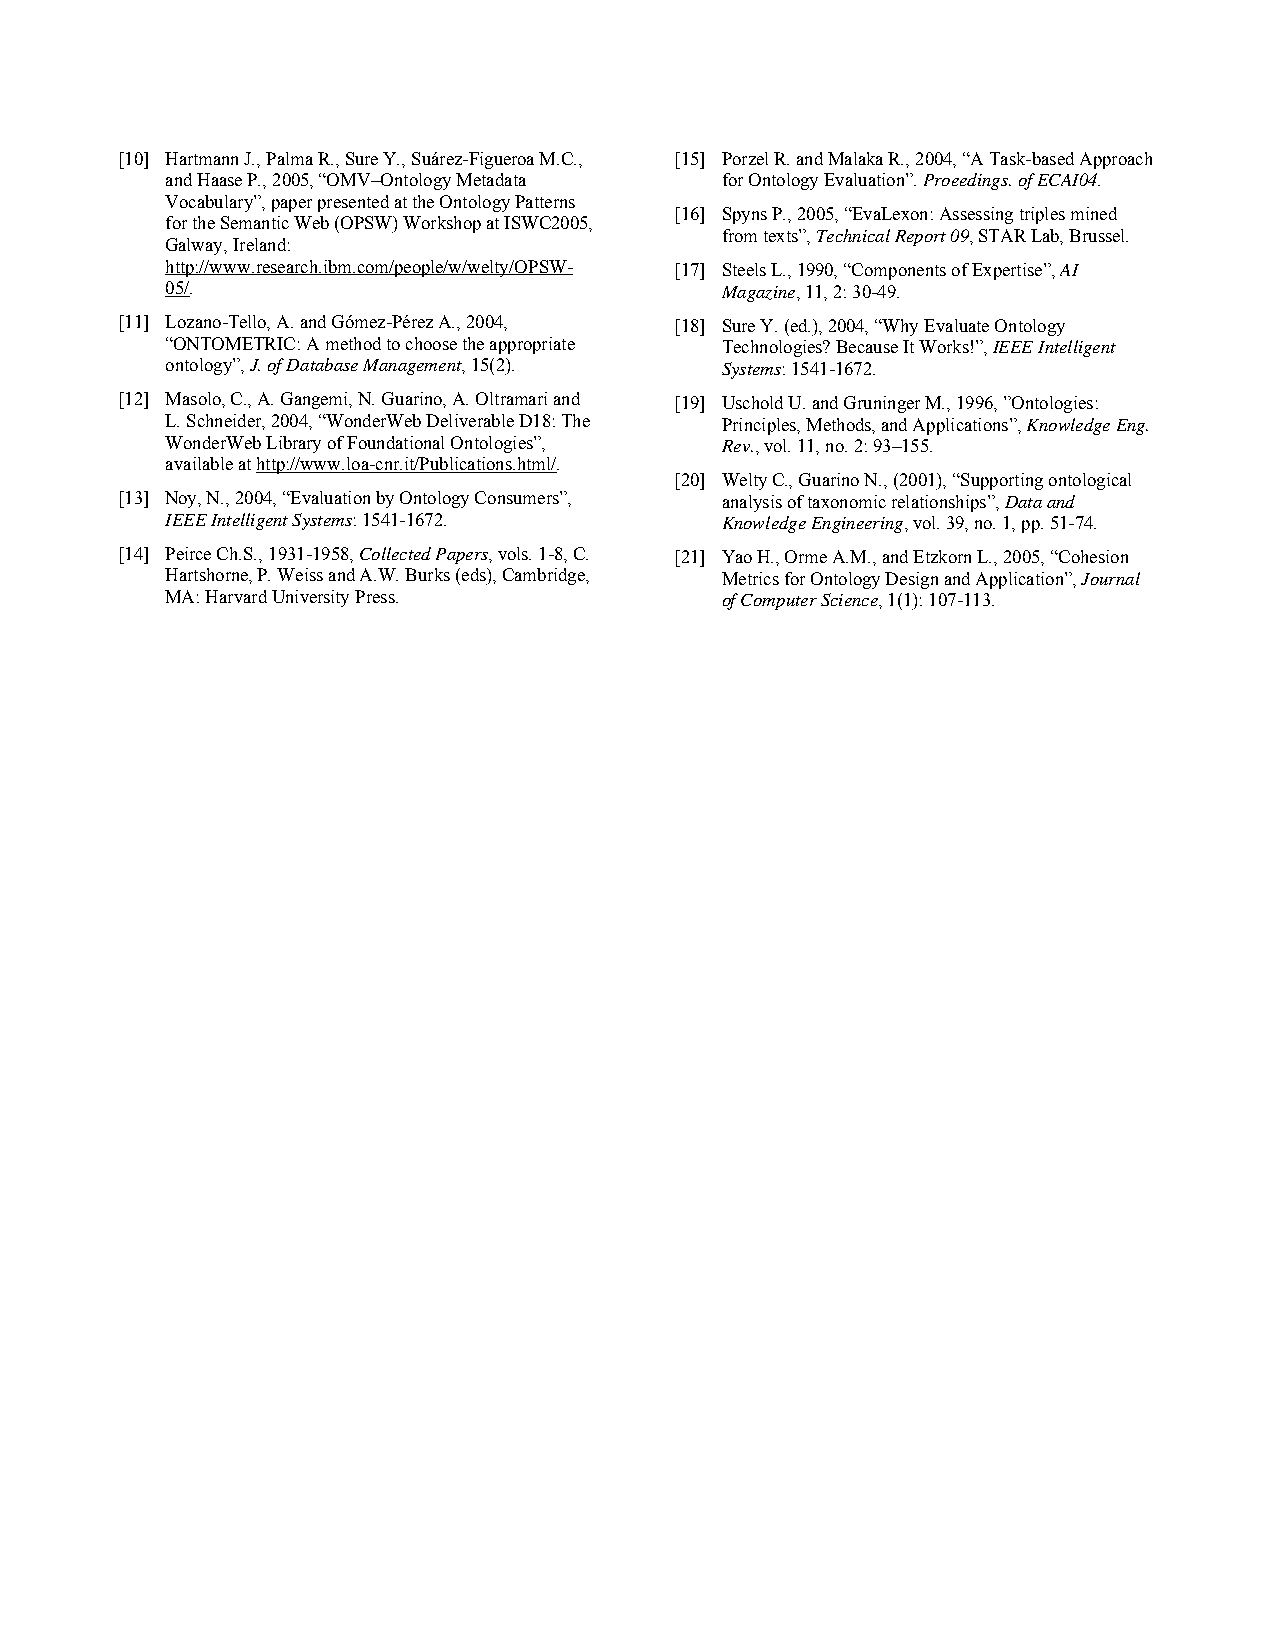
[10] Hartmann J., Palma R., Sure Y., Suárez-Figueroa M.C., [15] Porzel R. and Malaka R., 2004, “A Task-based Approach
 and Haase P., 2005, “OMV–Ontology Metadata for Ontology Evaluation”. Proeedings. of ECAI04.
 Vocabulary”, paper presented at the Ontology Patterns
 [16] Spyns P., 2005, “EvaLexon: Assessing triples mined
 for the Semantic Web (OPSW) Workshop at ISWC2005,
 from texts”, Technical Report 09, STAR Lab, Brussel.
 Galway, Ireland:
 http://www.research.ibm.com/people/w/welty/OPSW- [17] Steels L., 1990, “Components of Expertise”, AI
 05/.                                 Magazine, 11, 2: 30-49.
 [11] Lozano-Tello, A. and Gómez-Pérez A., 2004, [18] Sure Y. (ed.), 2004, “Why Evaluate Ontology
 “ONTOMETRIC: A method to choose the appropriate Technologies? Because It Works!”, IEEE Intelligent
 ontology”, J. of Database Management, 15(2). Systems: 1541-1672.
 [12] Masolo, C., A. Gangemi, N. Guarino, A. Oltramari and [19] Uschold U. and Gruninger M., 1996, ”Ontologies:
 L. Schneider, 2004, “WonderWeb Deliverable D18: The Principles, Methods, and Applications”, Knowledge Eng.
 WonderWeb Library of Foundational Ontologies”, Rev., vol. 11, no. 2: 93–155.
 available at http://www.loa-cnr.it/Publications.html/.
 [20] Welty C., Guarino N., (2001), “Supporting ontological
 [13] Noy, N., 2004, “Evaluation by Ontology Consumers”, analysis of taxonomic relationships”, Data and
 IEEE Intelligent Systems: 1541-1672. Knowledge Engineering, vol. 39, no. 1, pp. 51-74.
 [14] Peirce Ch.S., 1931-1958, Collected Papers, vols. 1-8, C. [21] Yao H., Orme A.M., and Etzkorn L., 2005, “Cohesion
 Hartshorne, P. Weiss and A.W. Burks (eds), Cambridge, Metrics for Ontology Design and Application”, Journal
 MA: Harvard University Press.        of Computer Science, 1(1): 107-113.